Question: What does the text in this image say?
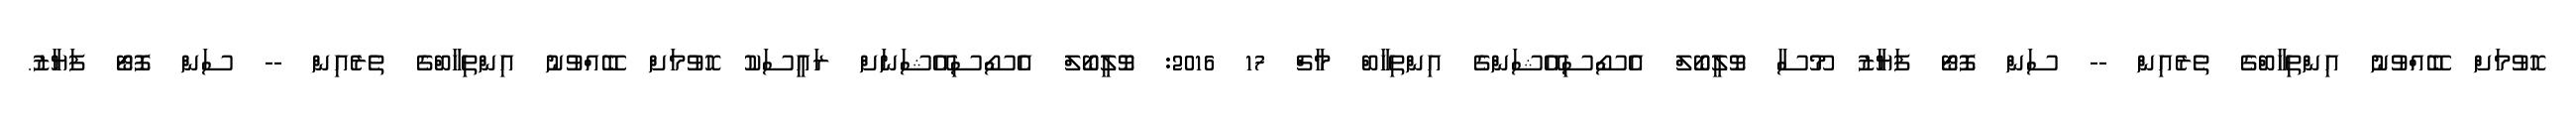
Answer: ހޮވުމަށް ބޭއްވުނު އިންތިހާބްގެ ތެރެއިން -- ސަން ފޮޓޯ ފަޔާޒު މޫސާ ވޮލީބޯލް އެސޯސިއޭޝަންގެ އިންތިހާބް މާޗް 17 2016: ވޮލީބޯލް އެސޯސިއޭޝަނަށް ރައީސަކު ހޮވުމަށް ބޭއްވުނު އިންތިހާބްގެ ތެރެއިން -- ސަން ފޮޓޯ ފަޔާޒު.